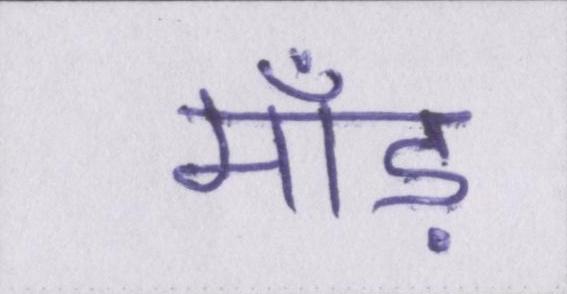
माँड़